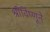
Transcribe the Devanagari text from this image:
श्रीविष्णूंने